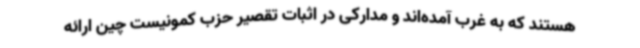
هستند که به غرب آمده‌اند و مدارکی در اثبات تقصیر حزب کمونیست چین ارائه